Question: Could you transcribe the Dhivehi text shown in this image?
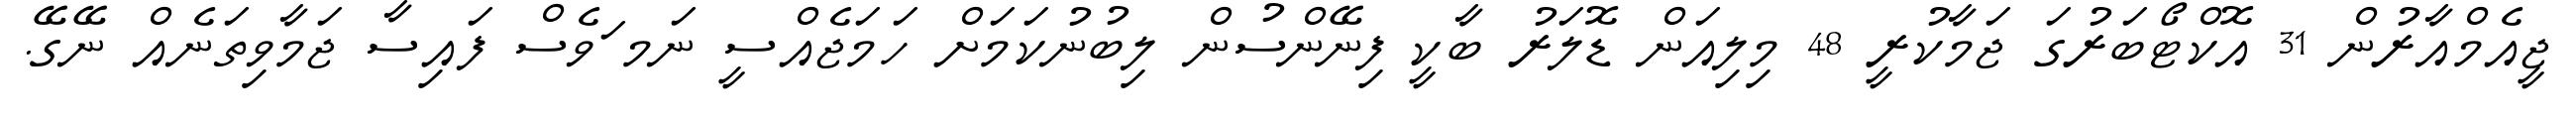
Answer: ޖީއެމްއާރުން 31 އޮކްޓޯބަރުގަ ޖަމާކުރީ 48 މިލިއަން ޑޮލަރު ބާކީ ފިނޭންސުން ލިބުނުކަމަށް ހަމަޖެއްސީ ނަމ ަވެސް ފައިސާ ޖަމާވިތަނެއް ނޭގޭ.